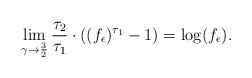
\begin{align*}\lim\limits_{\gamma\to\frac{3}{2}}\frac{\tau_2}{\tau_1}\cdot ((f_{\epsilon})^{\tau_1}-1)=\log (f_{\epsilon}).\end{align*}